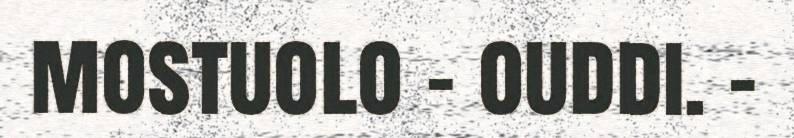
mostuolo - ouddi. –